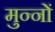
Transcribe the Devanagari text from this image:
मुन्नों